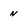
Character: n